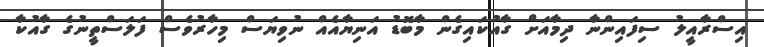
އިސްރާއީލު ސިފައިންނާ ދިމާއަށް ގާއުކައިގެން މާބޮޑު އަނިޔާއެއް ނުވިޔަސް މިހާރުވެސް ފަލަސްތީނުގެ ގާއުކާ